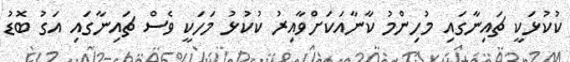
ކުކުޅަކީ ޗައިނާގައި މުހިންމު ކާނާއަކަށްވާއިރު ކުކުޅު މަހަކީ ވެސް ޗައިނާގައި އަގު ބޮޑު